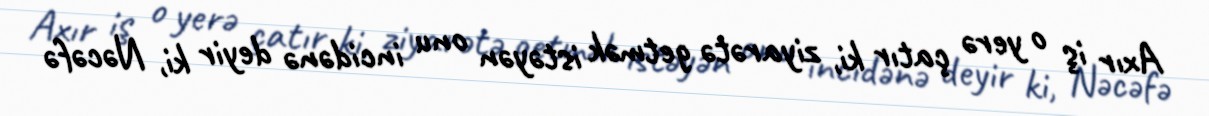
Axır iş o yerə çatır ki, ziyarətə getmək istəyən onu incidənə deyir ki, Nəcəfə